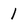
Character: 1